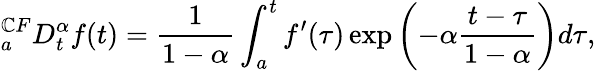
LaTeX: _{a}^{\mathbb{C}F}D_{t}^{\alpha}f(t)={\frac{{1}}{{1-\alpha}}}\int_{a}^{t}f^{\prime}(\tau)\exp\left(-\alpha{\frac{{t-\tau}}{{1-\alpha}}}\right)d\tau,